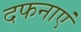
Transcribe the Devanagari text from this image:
दफनाएं